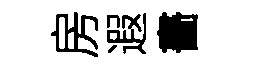
房遐畵